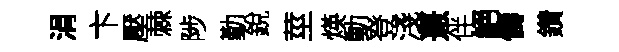
涓卞壓棘陟勤銳莖煐動登淺憙伴絕儔鑽